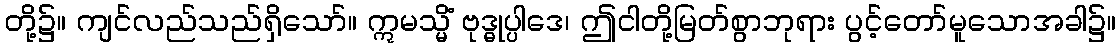
တို့၌။ ကျင်လည်သည်ရှိသော်။ ဣမသ္မိံ ဗုဒ္ဓုပ္ပါဒေ၊ ဤငါတို့မြတ်စွာဘုရား ပွင့်တော်မူသောအခါ၌။